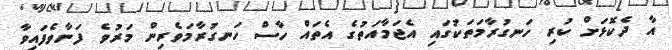
އާ ދެކޮޅަށް ކުރި ހަނގުރާމަތަކުގައި އެޖަމާއަތުގެ އެތައް ހާސް ހަނގުރާމަވެރިން މަރުވެ ފަނާވެފައިވާ